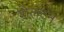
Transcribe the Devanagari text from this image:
शेलटन